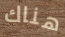
هناك